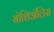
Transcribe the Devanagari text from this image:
सोशिअॅलिस